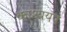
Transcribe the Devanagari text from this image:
काश्ययप